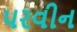
પરવીન